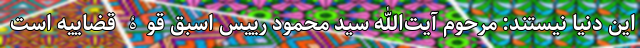
این دنیا نیستند: مرحوم آیت‌الله سید محمود رییس اسبق قوۀ قضاییه است